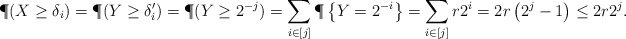
\begin{align*}\P(X \geq \delta_i) &= \P(Y \geq \delta_i') = \P(Y \geq 2^{-j}) = \sum_{i \in [j]} \P\left\{Y = 2^{-i} \right\} = \sum_{i \in [j]} r 2^i = 2r\left( 2^{j} - 1 \right) \leq 2r2^j.\end{align*}